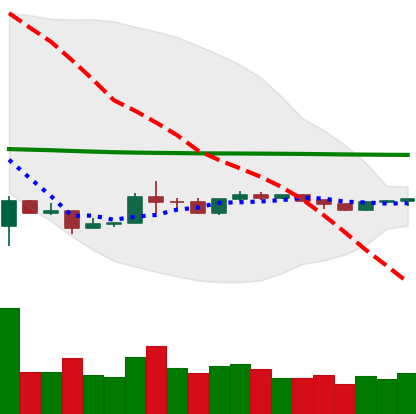
Ticker: ETH-USD
Chart end date: 2020-04-01
Forward return: 24.7%
Label: up_7plus